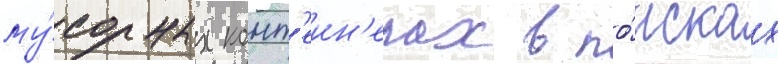
му́сорных конт'еин'ерах в по́исках